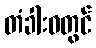
တံခါးဝတွင်